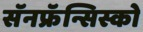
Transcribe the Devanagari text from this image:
सॅनफ्रॅन्सिस्को